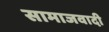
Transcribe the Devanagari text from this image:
सामाजवादी